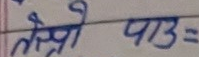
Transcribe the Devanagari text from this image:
लेप्रो पाए=